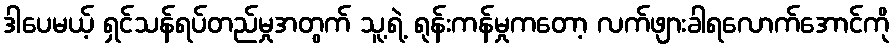
ဒါပေမယ့် ရှင်သန်ရပ်တည်မှုအတွက် သူ့ရဲ့ ရုန်းကန်မှုကတော့ လက်ဖျားခါရလောက်အောင်ကို